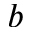
b